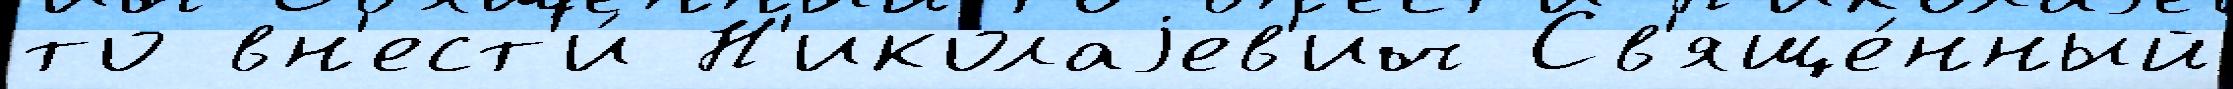
то вн'ест'и́ Н'иколаjев'ич Св'яще́нный